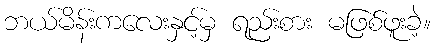
ဘယ်မိန်းကလေးနှင့်မှ ရည်းစား မဖြစ်ဖူးခဲ့။